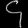
Digit: ၄